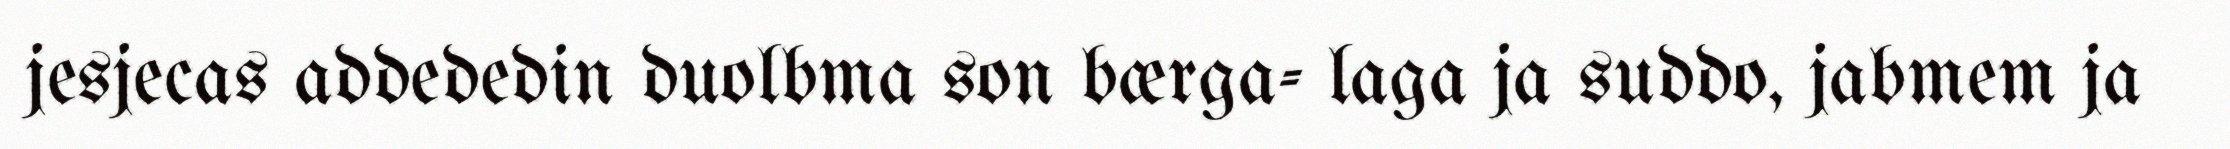
jesjecas addededin duolbma son bærga- laga ja suddo, jabmem ja